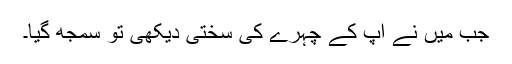
جب میں نے آپ کے چہرے کی سختی دیکھی تو سمجھ گیا۔